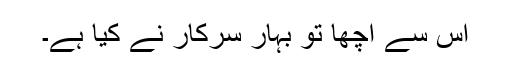
اس سے اچھا تو بہار سرکار نے کیا ہے۔